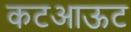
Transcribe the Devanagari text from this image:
कटआऊट